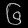
Digit: ၆